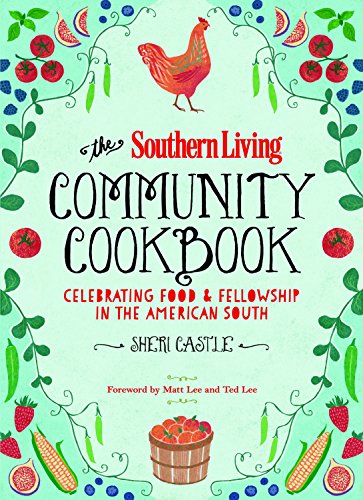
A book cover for The Southern Living Community Cookbook: Celebrating Food and Fellowship in the American South; The Editors of Southern Living Magazine; Cookbooks, Food & Wine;